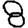
Digit: 8